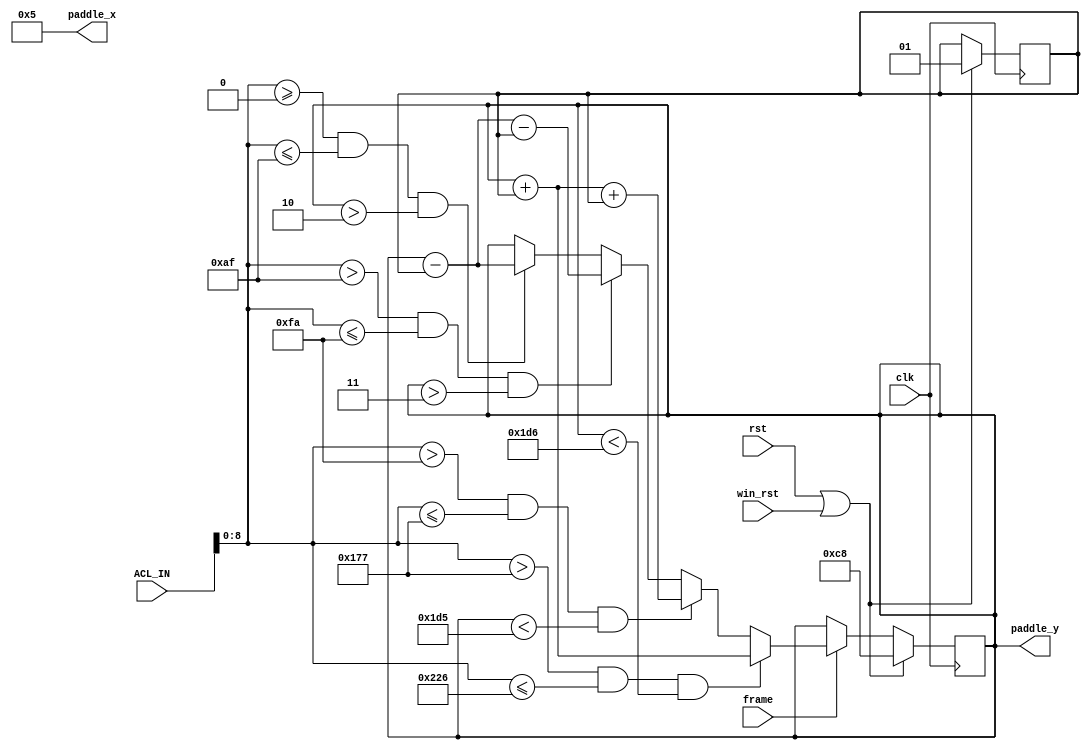
//  ===================================================================================
//  								  Define Module, Inputs and Outputs
//						* Calculate paddle1 movement based on the accelerometer1 *
//  ===================================================================================
module paddle1_movement #(parameter X = 5,  // default X & Y
											   Y = 200 )(
		frame, 
		clk,
		ACL_IN,
		rst,
		win_rst,
		paddle_x,
		paddle_y
);

// ====================================================================================
// 										Port Declarations
// ====================================================================================
	input 		  frame;
	input			  clk;
	input [9:0]   ACL_IN;
	input 		  rst;
	input 		  win_rst;
	output [10:0] paddle_x;
	output [9:0]  paddle_y;

// ====================================================================================
// 								Parameters, Registers, and Wires
// ====================================================================================
	reg [9:0] 	  paddle_y;
	reg [1:0] 	  v_y;

//  ===================================================================================
// 							  				Implementation
//  ===================================================================================

		assign paddle_x = X;
	 	 
		always @ ( posedge clk) 
		begin
			if ( rst == 1 || win_rst == 1 ) 
			begin
				paddle_y <= Y;
				v_y <= 1; // velocity on y axis
			end
			else
			begin
				if ( frame == 1 ) 
				begin
				   paddle_y <= paddle_y;
					
					if ( (ACL_IN[8:0] >= 0 && ACL_IN[8:0] <= 175) && paddle_y > 2)
						paddle_y <= paddle_y - v_y;
								
					if ( (ACL_IN[8:0] > 175 && ACL_IN[8:0] <= 250) && paddle_y > 3)
						paddle_y <= paddle_y - v_y - v_y;
									 
					if ( (ACL_IN[8:0] > 250 && ACL_IN[8:0] <= 375) && paddle_y < 469)
						paddle_y <= paddle_y + v_y + v_y;
									 
					if ( (ACL_IN[8:0] > 375 && ACL_IN[8:0] <= 550) && paddle_y < 470)
						paddle_y <= paddle_y + v_y;
				end
			end
		end
								  
endmodule